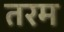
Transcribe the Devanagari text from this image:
तरम